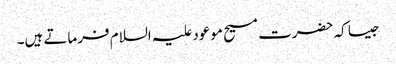
جیسا کہ حضرت مسیح موعود علیہ السلام فرماتے ہیں۔